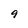
Character: 9